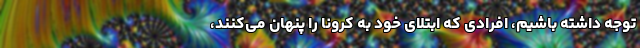
توجه داشته باشیم، افرادی که ابتلای خود به کرونا را پنهان می‌کنند،